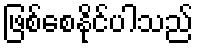
ဖြစ်စေနိုင်ပါသည်